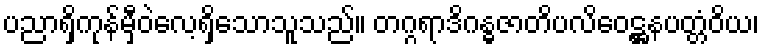
ပညာရှိကုန်မှီဝဲလေ့ရှိသောသူသည်။ တဂ္ဂရာဒိဂန္ဓဇာတိပလိဝေဋ္ဌနပတ္တံဝိယ၊